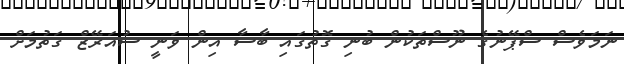
ނަމަވެސް ސްޕޭނުގެ ނޫސްތަކުން ބުނި ގޮތުގައި ބާސާ އިން ވަނީ ސުއަރޭޒް ގަތުމަށް